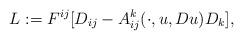
LaTeX: \begin{align*}L:=F^{ij} [D_{ij} - A_{ij}^k (\cdot, u, Du)D_k],\end{align*}